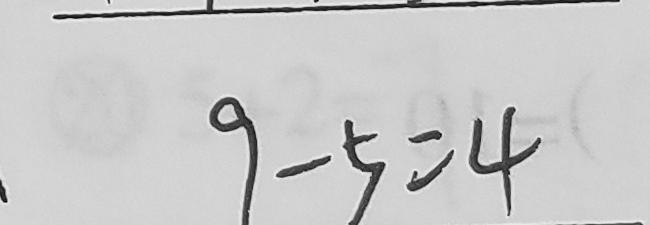
9 - 5 = 4